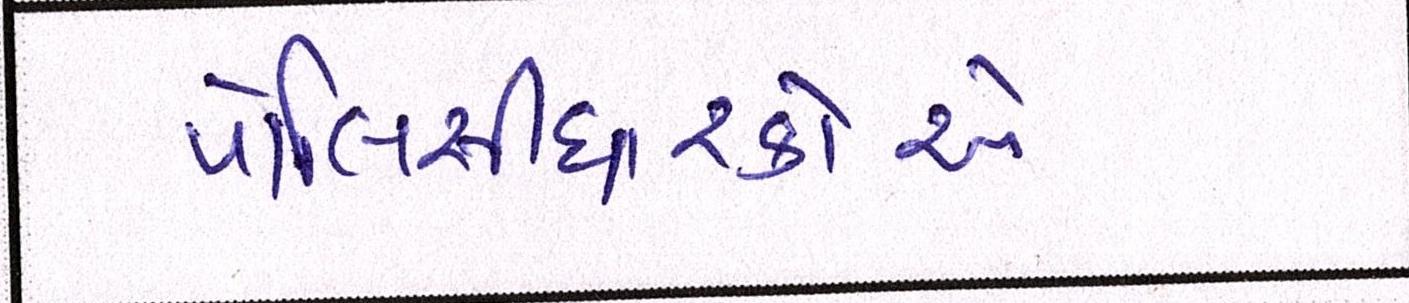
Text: પોલિસીધારકોએ